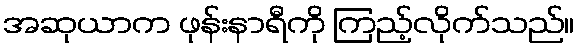
အဆုယာက ဖုန်းနာရီကို ကြည့်လိုက်သည်။